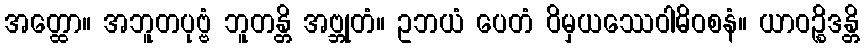
အတ္ထော။ အဘူတပုဗ္ဗံ ဘူတန္တိ အဗ္ဘုတံ။ ဥဘယံ ပေတံ ဝိမှယဿေဝါဓိဝစနံ။ ယာဝဉ္စိဒန္တိ